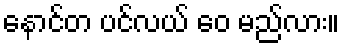
နောင်တ ပင်လယ် ဝေ မည်လား။